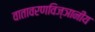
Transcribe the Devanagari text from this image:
वातावरणविज्ञानीय